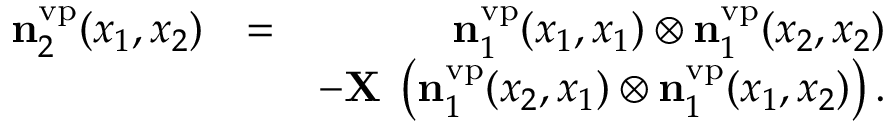
\begin{array} { r l r } { \ensuremath { \mathbf { n } } _ { 2 } ^ { \ensuremath { \mathrm { v p } } } ( x _ { 1 } , x _ { 2 } ) } & { = } & { \ensuremath { \mathbf { n } } _ { 1 } ^ { \ensuremath { \mathrm { v p } } } ( x _ { 1 } , x _ { 1 } ) \otimes \ensuremath { \mathbf { n } } _ { 1 } ^ { \ensuremath { \mathrm { v p } } } ( x _ { 2 } , x _ { 2 } ) } \\ & { } & { - \ensuremath { \mathbf { X } } \; \left( \ensuremath { \mathbf { n } } _ { 1 } ^ { \ensuremath { \mathrm { v p } } } ( x _ { 2 } , x _ { 1 } ) \otimes \ensuremath { \mathbf { n } } _ { 1 } ^ { \ensuremath { \mathrm { v p } } } ( x _ { 1 } , x _ { 2 } ) \right) . } \end{array}